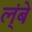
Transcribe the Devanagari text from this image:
ल्ंबे